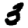
Digit: 3